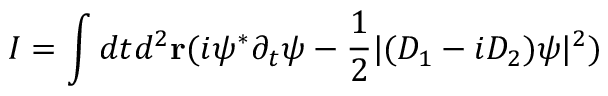
I = \int d t d ^ { 2 } { \bf r } ( i \psi ^ { \ast } \partial _ { t } \psi - { \frac { 1 } { 2 } } | ( D _ { 1 } - i D _ { 2 } ) \psi | ^ { 2 } )